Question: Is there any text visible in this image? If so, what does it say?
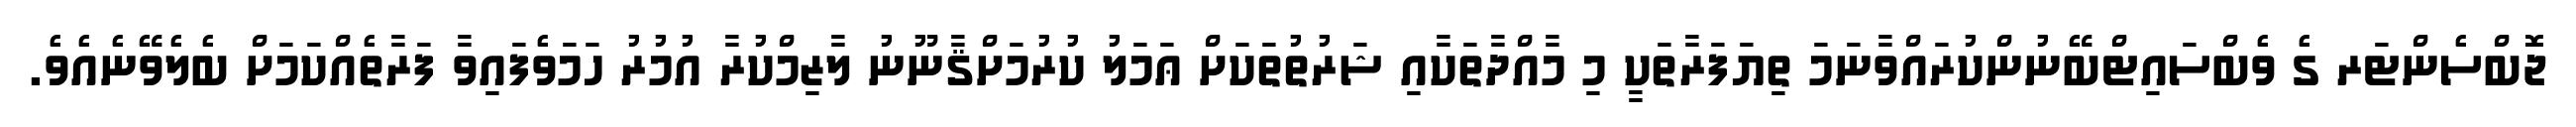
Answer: ޖޮބްސެންޓަރ ގެ ވެބްސައިޓްބޭނުންކުރައްވާނަމަ ތިޔަފަރާތަކީ މި މާއްދާތަކާއި ޝަރުތުތަކަށް ޢަމަލު ކުރުމަށްޤާނޫނު ލާޒިމްކުރާ އުމުރު ހަމަވެފައިވާ ފަރާތެއްކަމަށް ބެލެވޭނެއެވެ.